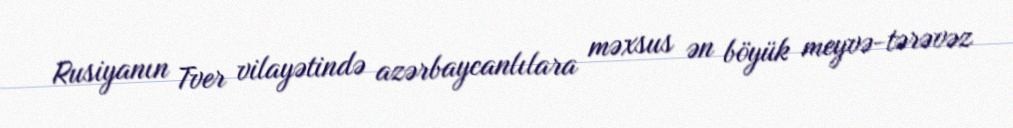
Rusiyanın Tver vilayətində azərbaycanlılara məxsus ən böyük meyvə-tərəvəz